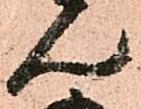
ん